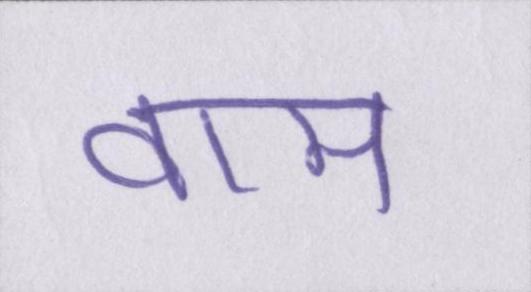
वाम